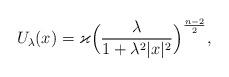
LaTeX: \begin{align*}U_\lambda(x) = \varkappa \Big(\frac{\lambda}{1 + \lambda^2 |x|^2}\Big)^{\frac{n-2}{2}},\end{align*}